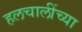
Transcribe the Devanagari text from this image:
हलचालींच्या